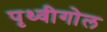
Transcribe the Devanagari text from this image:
पृथ्वीगोल